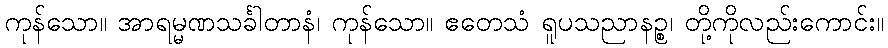
ကုန်သော။ အာရမ္မဏသင်္ခါတာနံ၊ ကုန်သော။ ဧတေသံ ရူပသညာနဉ္စ၊ တို့ကိုလည်းကောင်း။